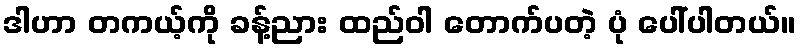
ဒါဟာ တကယ့်ကို ခန့်ညား ထည်ဝါ တောက်ပတဲ့ ပုံ ပေါ်ပါတယ်။